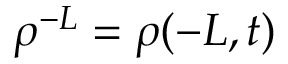
\rho ^ { - L } = \rho ( - L , t )